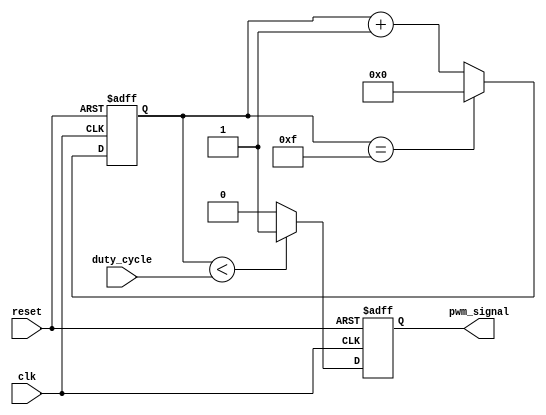
// PWM circuit

module pwm
    (
    input   wire      clk, reset,
    input   wire[3:0] duty_cycle,
    output  wire      pwm_signal
    );

    // signal declaration
    reg       pwm_reg,     pwm_next;
    reg[3:0]  counter_reg;
    wire[3:0] counter_next;

    // body
    // register
    always @(posedge clk, posedge reset)
    begin
        if (reset)
            begin
                pwm_reg     <= 1'b0;
                counter_reg <= 0;
            end
        else
            begin
                pwm_reg     <= pwm_next;
                counter_reg <= counter_next;
            end
                
    end

    // next-state logic
    assign counter_next = (counter_reg == 4'b1111) ? 0 : counter_reg + 1;
    always @*
    begin
        if (counter_reg < duty_cycle)
            pwm_next = 1'b1;
        else
            pwm_next = 1'b0;
    end
    
    // output logic
    assign pwm_signal = pwm_reg;

endmodule